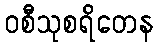
ဝစီသုစရိတေန